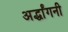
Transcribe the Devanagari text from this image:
अर्द्धांगनी